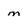
Character: m